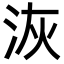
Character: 洃